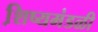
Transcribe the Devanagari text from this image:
शि़ष्यमंडळी